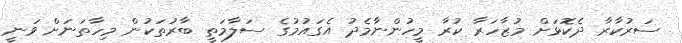
ސަރުކާރާ ދެކޮޅަށް މުޒާހަރާ ކުރާ މީހުންނާމެދު އެގައުމުގެ ސަލާމަތީ ބާރުތަކުން މިހާތަނަށް ވަނީ